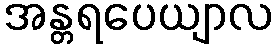
အန္တရပေယျာလ